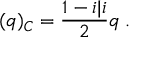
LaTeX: ( q ) _ { \cal C } = \frac { 1 - i \vert i } { 2 } q \; .